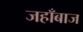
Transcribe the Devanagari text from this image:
जहाँबाज